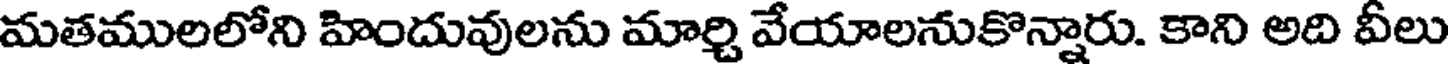
మతములలోని హిందువులను మార్చి వేయాలనుకొన్నారు. కాని అది వీలు